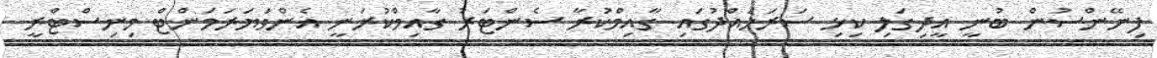
ފިނޭންސުން ބުނީ އީދިގަލި ކިޅި ސަރަހައްދުގައި ގާއިމްކުރާ ސެންޓަރު ގާއިމްކުރަނީ އެންވަޔަރަމަންޓް މިނިސްޓްރީ